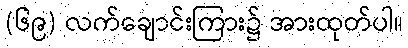
(၆၉) လက်ချောင်းကြား၌ အားထုတ်ပါ။